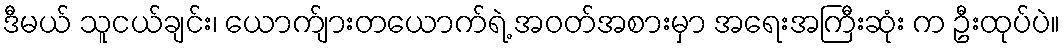
ဒီမယ် သူငယ်ချင်း၊ ယောက်ျားတယောက်ရဲ့ အဝတ်အစားမှာ အရေးအကြီးဆုံး က ဦးထုပ်ပဲ။